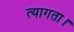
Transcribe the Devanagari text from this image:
त्‍यागता।